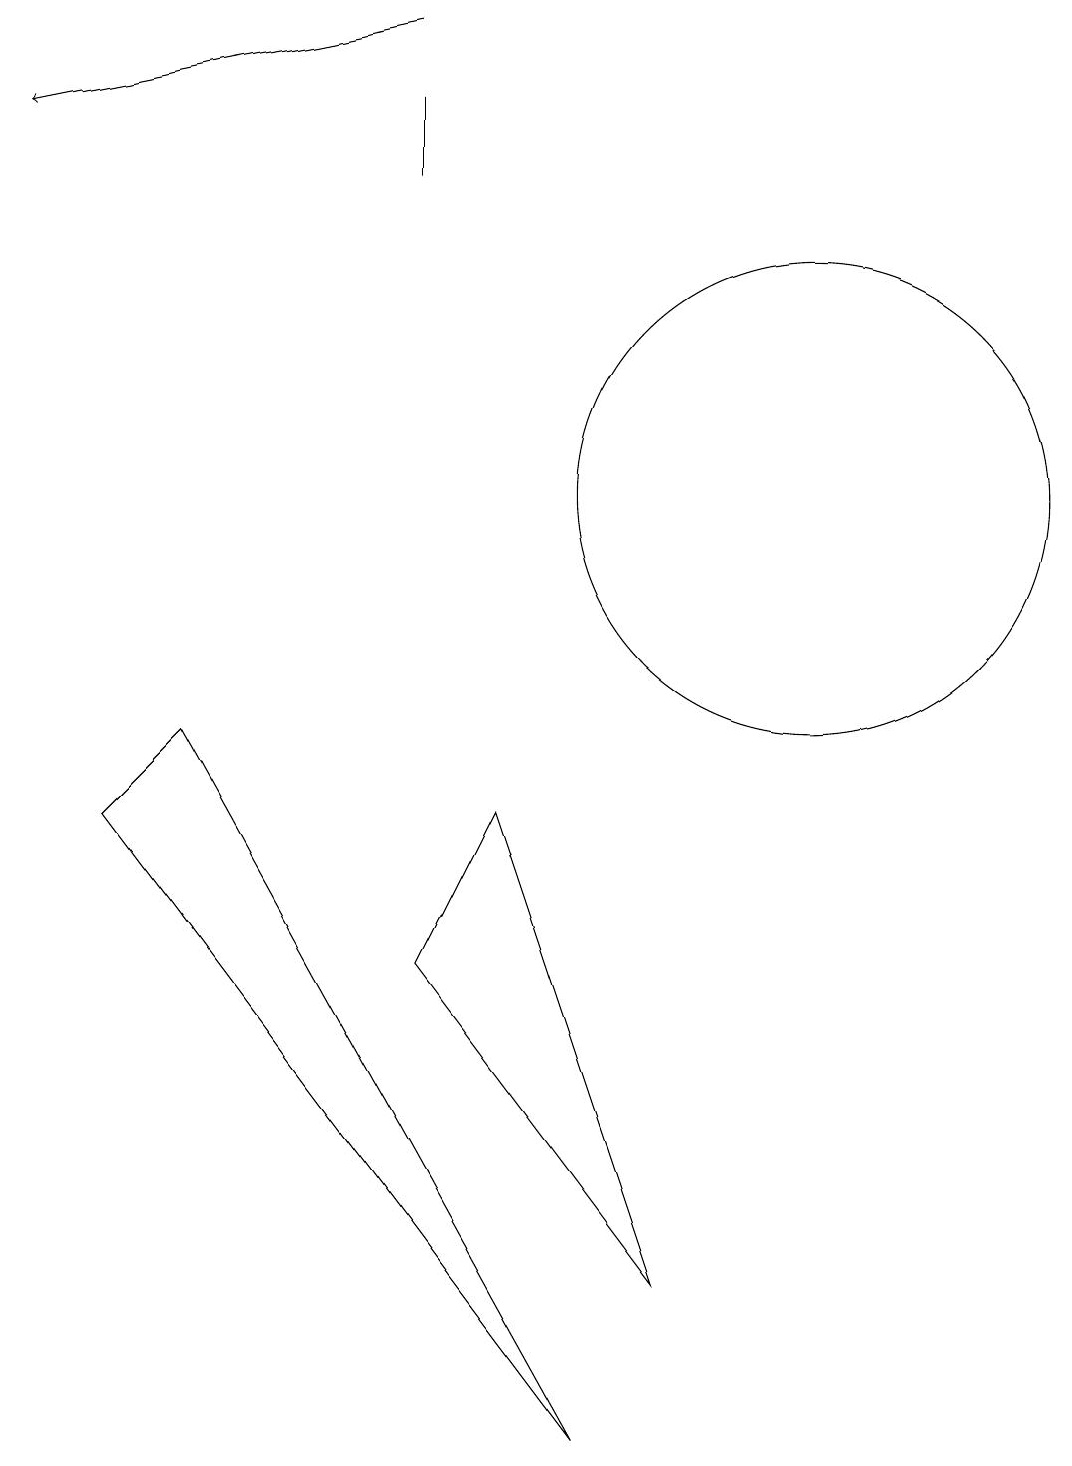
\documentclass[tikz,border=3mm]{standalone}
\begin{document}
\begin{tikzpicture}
\draw (1,8) -- (2,9) -- (7,0) -- cycle;
\draw[->] (5,18) -- (0,17);
\draw (11,10) circle (0);
\draw (5,6) -- (8,2) -- (6,8) -- cycle;
\draw (10,12) circle (3);
\draw (5,17) rectangle (5,16);
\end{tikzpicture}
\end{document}